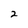
Character: 2